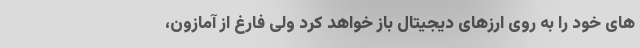
های خود را به روی ارزهای دیجیتال باز خواهد کرد ولی فارغ از آمازون،